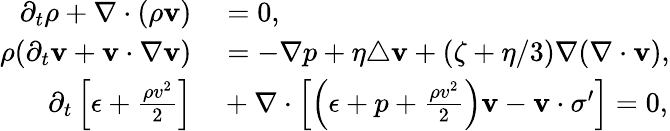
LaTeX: \begin{array}{rl}{\partial_{t}\rho+\nabla\cdot(\rho\textbf{v})}&{{}=0,}\\ {\rho(\partial_{t}\textbf{v}+\textbf{v}\cdot\nabla\textbf{v})}&{{}=-\nabla p+\eta\triangle\textbf{v}+(\zeta+\eta/3)\nabla(\nabla\cdot\textbf{v}),}\\ {\partial_{t}\left[\epsilon+\frac{\rho v^{2}}{2}\right]}&{{}+\nabla\cdot\left[\left(\epsilon+p+\frac{\rho v^{2}}{2}\right)\mathbf{v}-\mathbf{v}\cdot\sigma^{\prime}\right]=0,}\end{array}